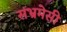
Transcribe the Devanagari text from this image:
संभ्रमेसी